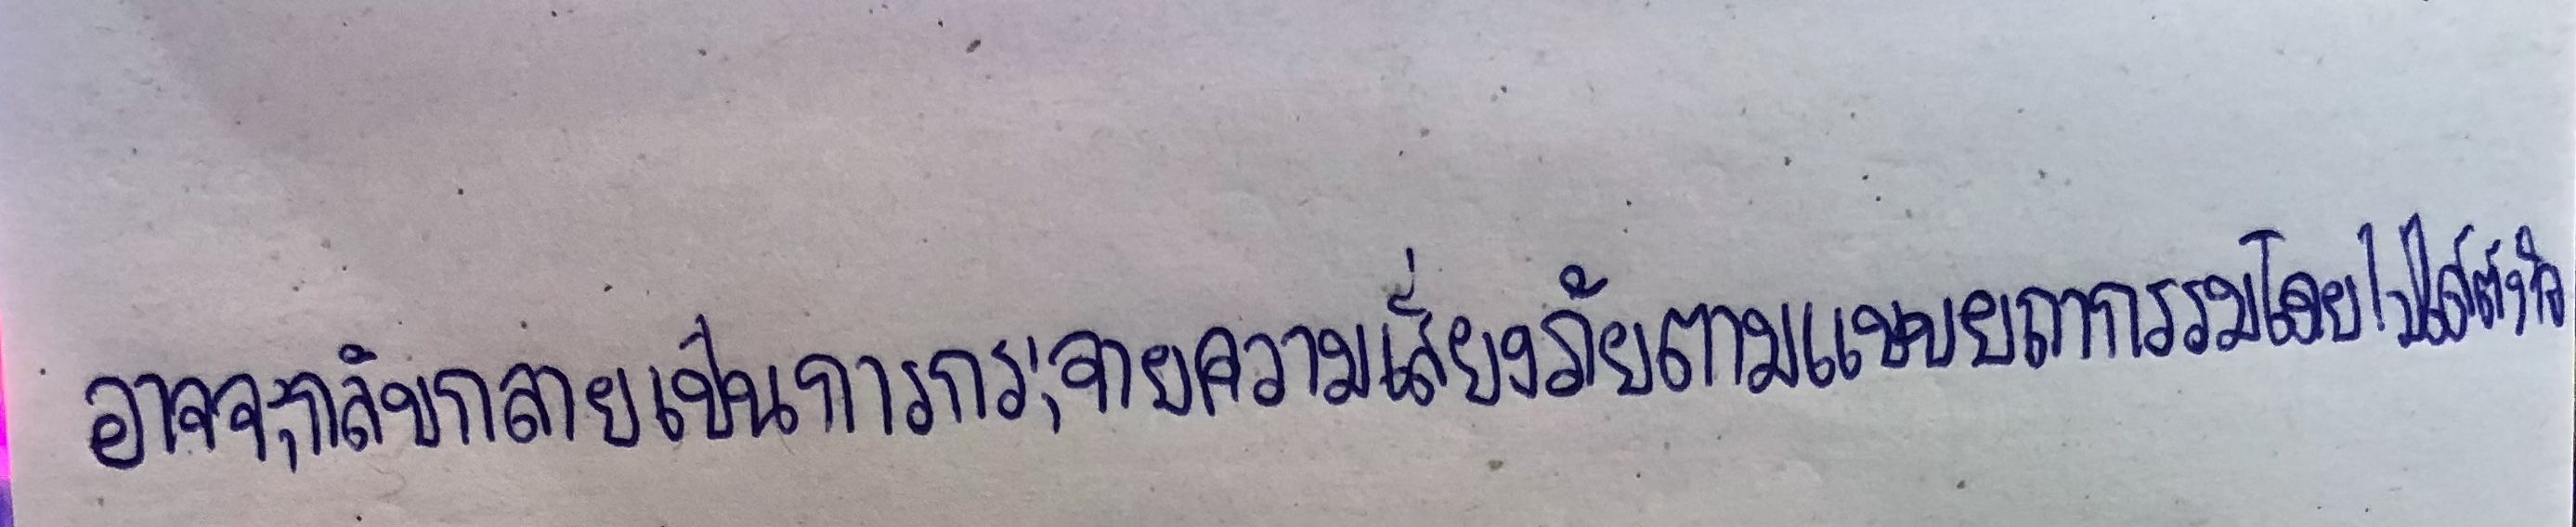
อาจจะกลับกลายเป็นการกระจายความเสี่ยงภัยตามแบบยถากรรมโดยไม่ได้ตั้งใจ